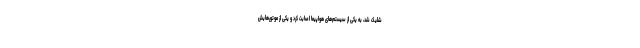
شلیک شد، به یکی از سیستم‌های هواپیما اصابت‌ کرد و یکی از موتورهایش